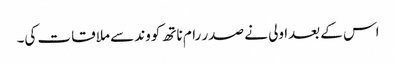
اس کے بعدا ولی نے صدر رام ناتھ کووند سے ملاقات کی۔